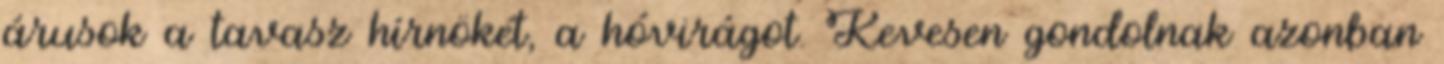
árusok a tavasz hírnökét, a hóvirágot. Kevesen gondolnak azonban